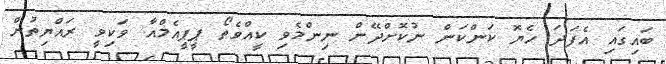
ބައިގައި އެފަދަ ހެޔޮ ކަންކަން ނުކޮށްދޭން ނިންމެވި ކީއްވެތޯ ޕީޕީއެމްއާ ވަކިވީ ރައްޔިތުން